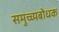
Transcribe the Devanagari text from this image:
समुच्च्यबोधक